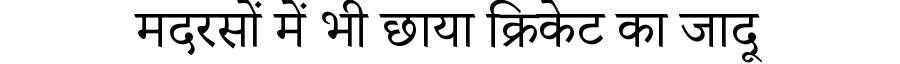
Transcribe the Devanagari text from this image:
मदरसों में भी छाया क्रिकेट का जादू